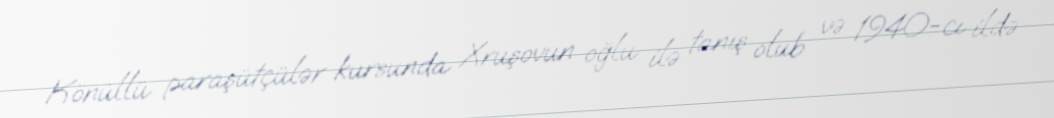
Könüllü paraşütçülər kursunda Xruşovun oğlu ilə tanış olub və 1940-cı ildə